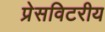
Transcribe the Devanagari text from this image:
प्रेसविटरीय